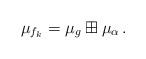
LaTeX: \begin{align*}\mu_{f_k}=\mu_g\boxplus\mu_\alpha\,.\end{align*}